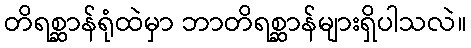
တိရစ္ဆာန်ရုံထဲမှာ ဘာတိရစ္ဆာန်များရှိပါသလဲ။